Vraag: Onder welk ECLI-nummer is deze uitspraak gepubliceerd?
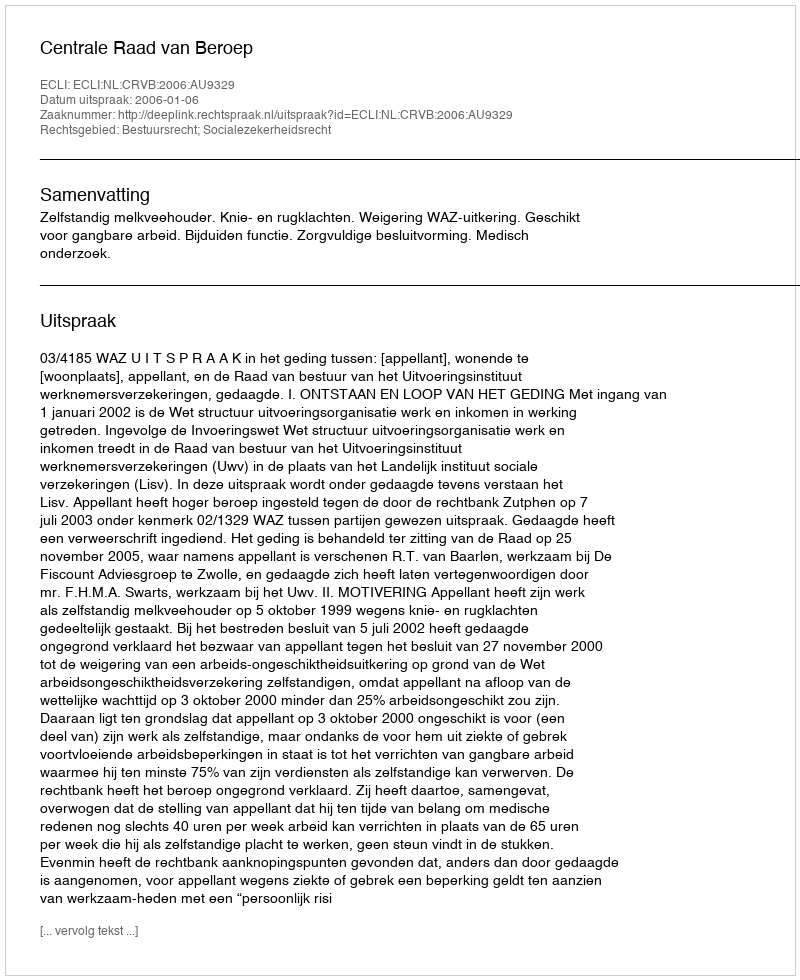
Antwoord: ECLI:NL:CRVB:2006:AU9329